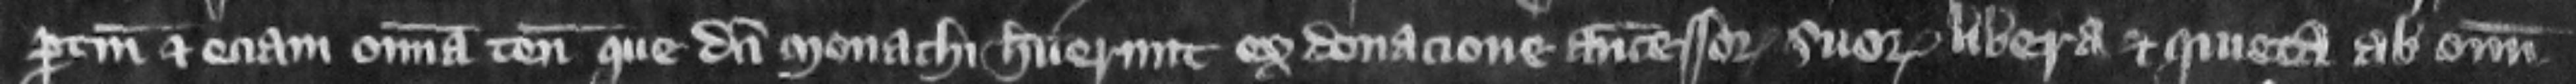
pertinenciis et eciam omnia tenementa que dicti monachi habuerunt ex donacione antecessorum suorum libera et quieta ab omni